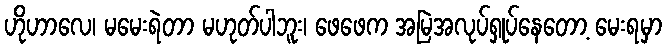
ဟိုဟာလေ၊ မမေးရဲတာ မဟုတ်ပါဘူး၊ ဖေဖေက အမြဲအလုပ်ရှုပ်နေတော့ မေးရမှာ